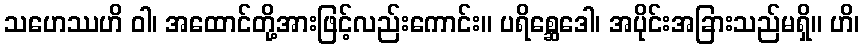
သဟေဿဟိ ဝါ၊ အထောင်တို့အားဖြင့်လည်းကောင်း။ ပရိစ္ဆေဒေါ၊ အပိုင်းအခြားသည်မရှိ။ ဟိ၊